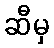
ဆီမှ